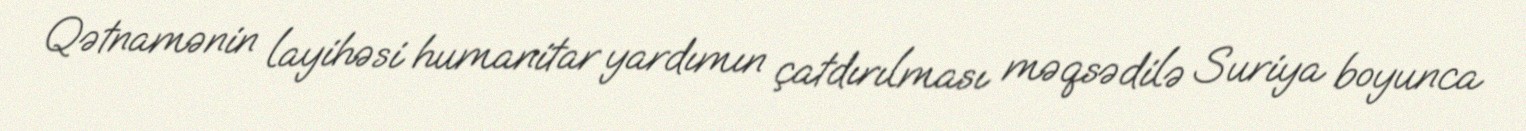
Qətnamənin layihəsi humanitar yardımın çatdırılması məqsədilə Suriya boyunca